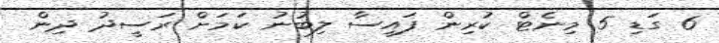
6 ގަޑި 5 މިނެޓް ކުރިން ފައިސާ ލިބުނު ކަމަށް ރަސީދު ދިން